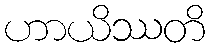
ဟာယိဿတိ